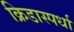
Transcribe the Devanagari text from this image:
क्रिडास्पर्धा